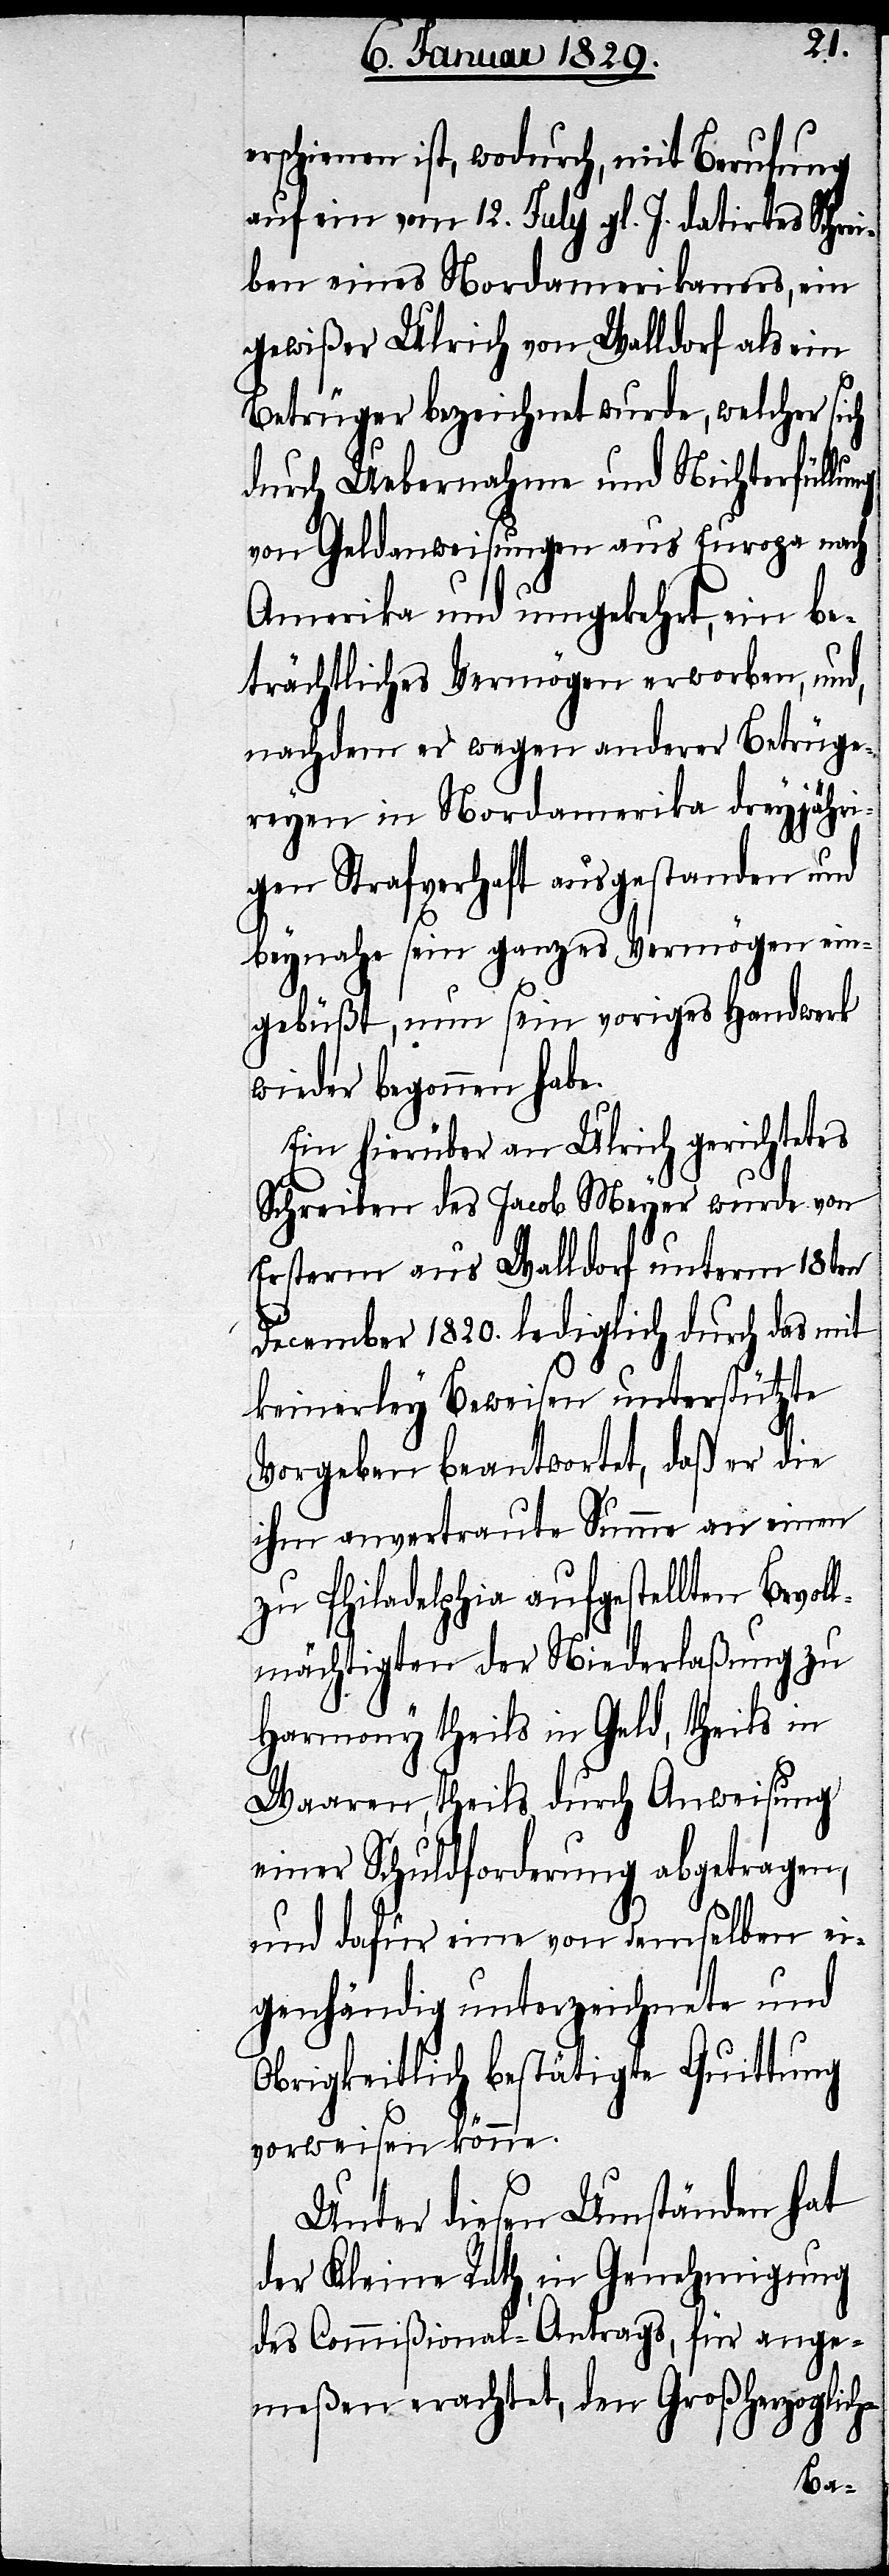
erschienen ist, wodurch, mit Berufung
auf ein vom 12. July gl. J. datirtes Schrei¬
ben eines Nordamerikaners, ein
gewißer Ulrich von Walldorf als ein
Betrüger bezeichnet wurde, welcher sich
durch Uebernahme und Nichterfüllung
von Geldanweisungen aus Europa nach
Amerika und umgekehrt, ein be¬
trächtliches Vermögen erworben, und,
nachdem er wegen anderer Betrüge¬
reyen in Nordamerika dreyjähri¬
gen Strafverhaft ausgestanden und
beynahe sein ganzes Vermögen ein¬
gebüßt, nun sein voriges Handwerk
wieder begonnen habe.
Ein hierüber an Ulrich gerichtetes
Schreiben des Jacob Meyer wurde von
Ersterm aus Walldorf unterm 18ten
December 1820. lediglich durch das mit
keinerley Beweisen unterstützte
Vorgeben beantwortet, daß er die
ihm anvertraute Summe an einen
zu Philadelphia aufgestellten Bevol¬
lmächtigten der Niederlaßung zu
Harmony theils in Geld, theils in
Waaren, theils durch Anweisung
einer Schuldforderung abgetragen,
und dafür eine von demselben ei¬
genhändig unterzeichnete und
obrigkeitlich bestätigte Quittung
vorweisen könne.
Unter diesen Umständen hat
der Kleine Rath, in Genehmigung
des Commißional-Antrags, für ange¬
meßen erachet, den Großherzoglich-